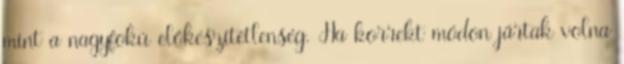
mint a nagyfokú előkészítetlenség. Ha korrekt módon jártak volna